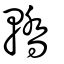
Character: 轎